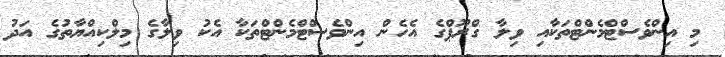
މި އިންވެސްޓްމެންޓްތަކާއި ވިލާ ގްރޫޕްގެ އެހެން އިންވެސްޓްމެންޓްތަކާ އެކު ވިލާގެ މިލްކިއްޔާތުގެ އަދު